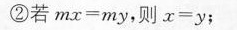
②若$$m x = m y$$，则$$x = y$$；